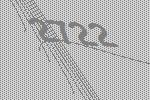
2722